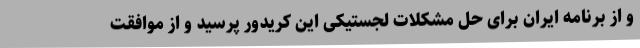
و از برنامه ایران برای حل مشکلات لجستیکی این کریدور پرسید و از موافقت